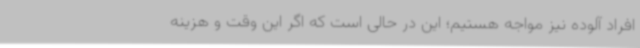
افراد آلوده نیز مواجه هستیم؛ این در حالی است که اگر این وقت و هزینه